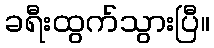
ခရီးထွက်သွားပြီ။